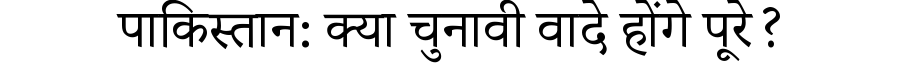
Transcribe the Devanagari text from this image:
पाकिस्तान: क्या चुनावी वादे होंगे पूरे?